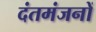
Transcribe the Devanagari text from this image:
दंतमंजनों